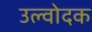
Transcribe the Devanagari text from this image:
उल्वोदक